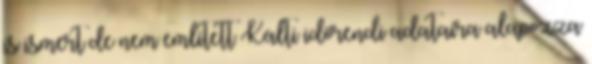
is ismert de nem említett Kálti időrendi adataira alapozza